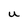
Character: U